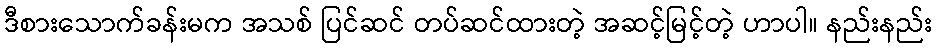
ဒီစားသောက်ခန်းမက အသစ် ပြင်ဆင် တပ်ဆင်ထားတဲ့ အဆင့်မြင့်တဲ့ ဟာပါ။ နည်းနည်း